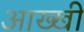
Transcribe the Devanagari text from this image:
आख्खी